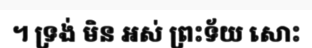
។ ទ្រង់ មិន អស់ ព្រះទ័យ សោះ